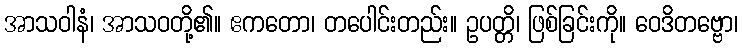
အာသဝါနံ၊ အာသဝတို့၏။ ဧကတော၊ တပေါင်းတည်း။ ဥပတ္တိ၊ ဖြစ်ခြင်းကို။ ဝေဒိတဗ္ဗော၊